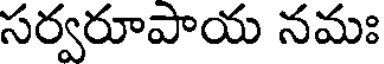
సర్వరూపాయ నమః